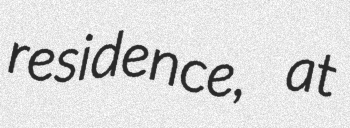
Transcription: residence, at